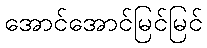
အောင်အောင်မြင်မြင်